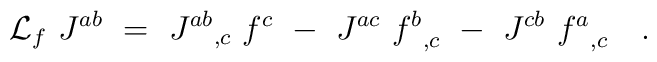
{\cal L}_f \ J^{ab} \ = \ {J^{ab}}_{,c} \ f^c \ - \ J^{ac} \ {f^b}_{,c}\ -\ J^{cb} \ {f^a}_{,c} \ \ \ .